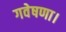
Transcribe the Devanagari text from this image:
गवेषणा।